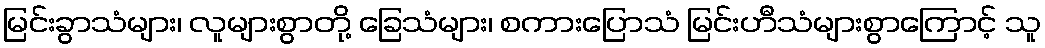
မြင်းခွာသံများ၊ လူများစွာတို့ ခြေသံများ၊ စကားပြောသံ မြင်းဟီသံများစွာကြောင့် သူ